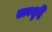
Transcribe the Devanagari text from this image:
सत्वशुद्धि